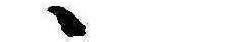
ゝ